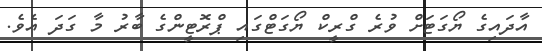
އާދައިގެ ޔޯގަޓަށް ވުރެ ގްރީކް ޔޯގަޓްގައި ޕްރޮޓީންގެ ބާރު މާ ގަދަ އެވެ.